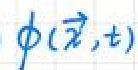
\(\phi(\vec{x},t)\)